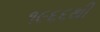
૧૯૬૬થી